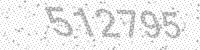
Solution: 512795